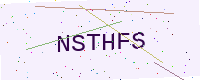
Text: NSTHFS